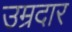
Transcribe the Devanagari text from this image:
उम्रदार